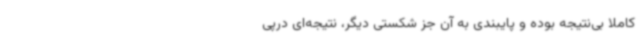
کاملا بی‌نتیجه بوده و پایبندی به آن جز شکستی دیگر، نتیجه‌ای درپی